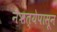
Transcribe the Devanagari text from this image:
नैऋत्येपासून